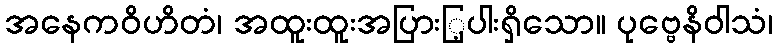
အနေကဝိဟိတံ၊ အထူးထူးအပြားြ့ပါးရှိသော။ ပုဗ္ဗေနိဝါသံ၊